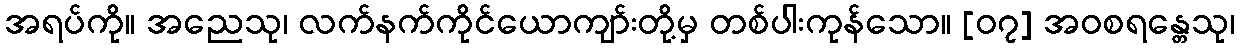
အရပ်ကို။ အညေသု၊ လက်နက်ကိုင်ယောကျာ်းတို့မှ တစ်ပါးကုန်သော။ [၀၇] အဝစရန္တေသု၊